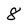
Character: 8